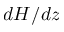
d H / d z